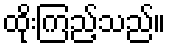
ထိုးကြည့်သည်။